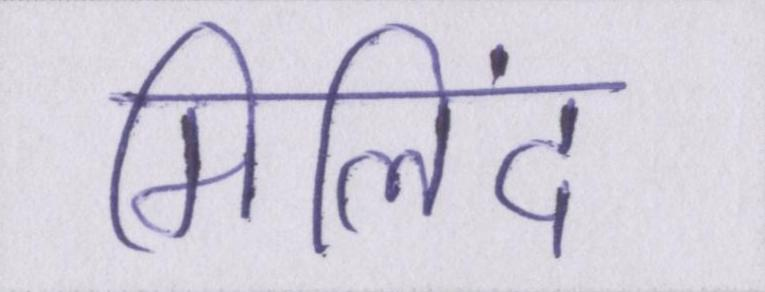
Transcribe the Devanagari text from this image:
मिलिंद